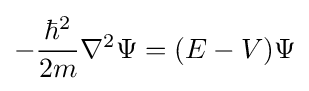
-{\frac {{\hbar }^{2}}{2m}}{\nabla }^{2}\Psi =(E-V)\Psi